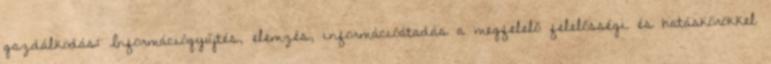
gazdálkodás: Információgyűjtés, elemzés, információátadás a megfelelő felelősségi és hatáskörökkel